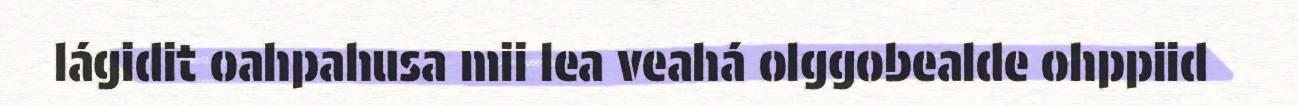
lágidit oahpahusa mii lea veahá olggobealde ohppiid